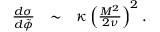
\begin{array} { l c l } { { \frac { { d } \sigma } { d \tilde { \phi } } } } & { { \sim } } & { { \kappa \left( \frac { M ^ { 2 } } { 2 \nu } \right) ^ { 2 } . } } \end{array}